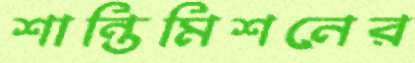
শান্তিমিশনের